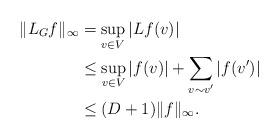
LaTeX: \begin{align*}\|L_Gf\|_\infty &= \sup_{v \in V} |Lf(v)| \\&\leq \sup_{v \in V} |f(v)| + \sum_{v\sim v'} |f(v')| \\&\leq (D+1) \|f\|_\infty.\end{align*}